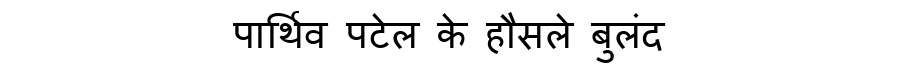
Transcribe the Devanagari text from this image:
पार्थिव पटेल के हौसले बुलंद